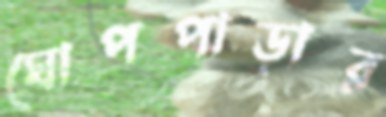
ঘোপপাড়ার